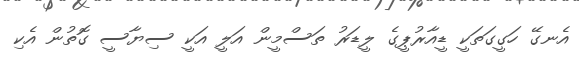
އެނގޭ ހަގީގަތަކީ ޑީއާރުޕީގެ ލީޑަރު ތަސްމީން އަލީ އަކީ ސިޔާސީ ގޮތުން އެކި